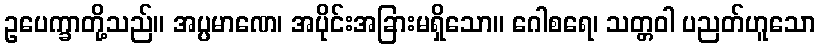
ဥပေက္ခာတို့သည်။ အပ္ပမာဏေ၊ အပိုင်းအခြားမရှိသော။ ဂေါစရေ၊ သတ္တဝါ ပညတ်ဟူသော